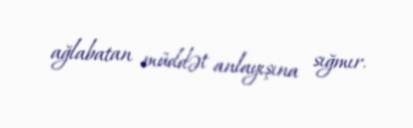
ağlabatan müddət anlayışına sığmır.